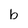
Character: b